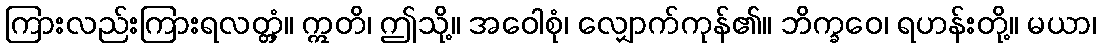
ကြားလည်းကြားရလတ္တံ့။ ဣတိ၊ ဤသို့။ အဝေါစုံ၊ လျှောက်ကုန်၏။ ဘိက္ခဝေ၊ ရဟန်းတို့။ မယာ၊